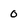
Character: 0